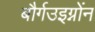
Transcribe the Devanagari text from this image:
बौर्गउइग्नोंन